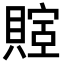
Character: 𬥤